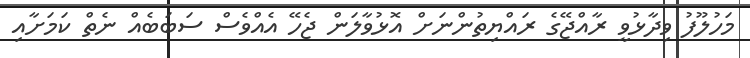
މަހުލޫފު ވިދާޅުވީ ރާއްޖޭގެ ރައްޔިތުންނަށް އޮޅުވާލަން ޖެހޭ އެއްވެސް ސަބަބެއް ނެތް ކަމަށާއި